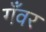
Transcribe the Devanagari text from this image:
गँवर